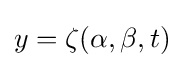
y=\zeta (\alpha ,\beta ,t)